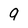
Character: 9